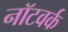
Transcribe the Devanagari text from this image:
नॉटवर्क